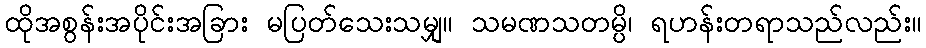
ထိုအစွန်းအပိုင်းအခြား မပြတ်သေးသမျှ။ သမဏသတမ္ပိ၊ ရဟန်းတရာသည်လည်း။